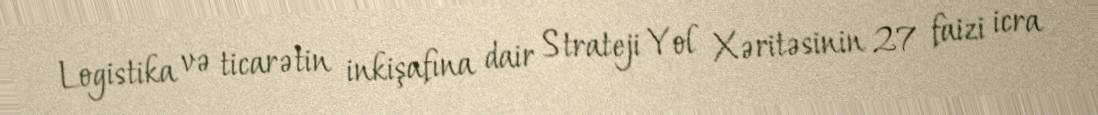
Logistika və ticarətin inkişafına dair Strateji Yol Xəritəsinin 27 faizi icra